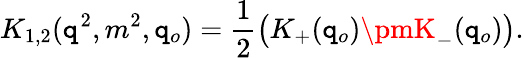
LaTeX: K_{1,2}(\mathtt{q}^{2},m^{2},\mathtt{q}_{o})={\frac{{1}}{{2}}}\big(K_{+}(\mathtt{q}_{o})\pmK_{-}(\mathtt{q}_{o})\big).